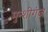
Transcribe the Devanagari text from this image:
मुन्शीगंज